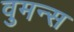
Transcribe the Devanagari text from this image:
वुमन्स